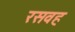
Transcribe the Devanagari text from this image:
रसवह